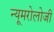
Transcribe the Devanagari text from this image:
न्यूमरोलोजी